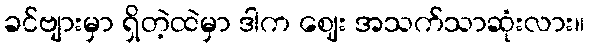
ခင်ဗျားမှာ ရှိတဲ့ထဲမှာ ဒါက ဈေး အသက်သာဆုံးလား။